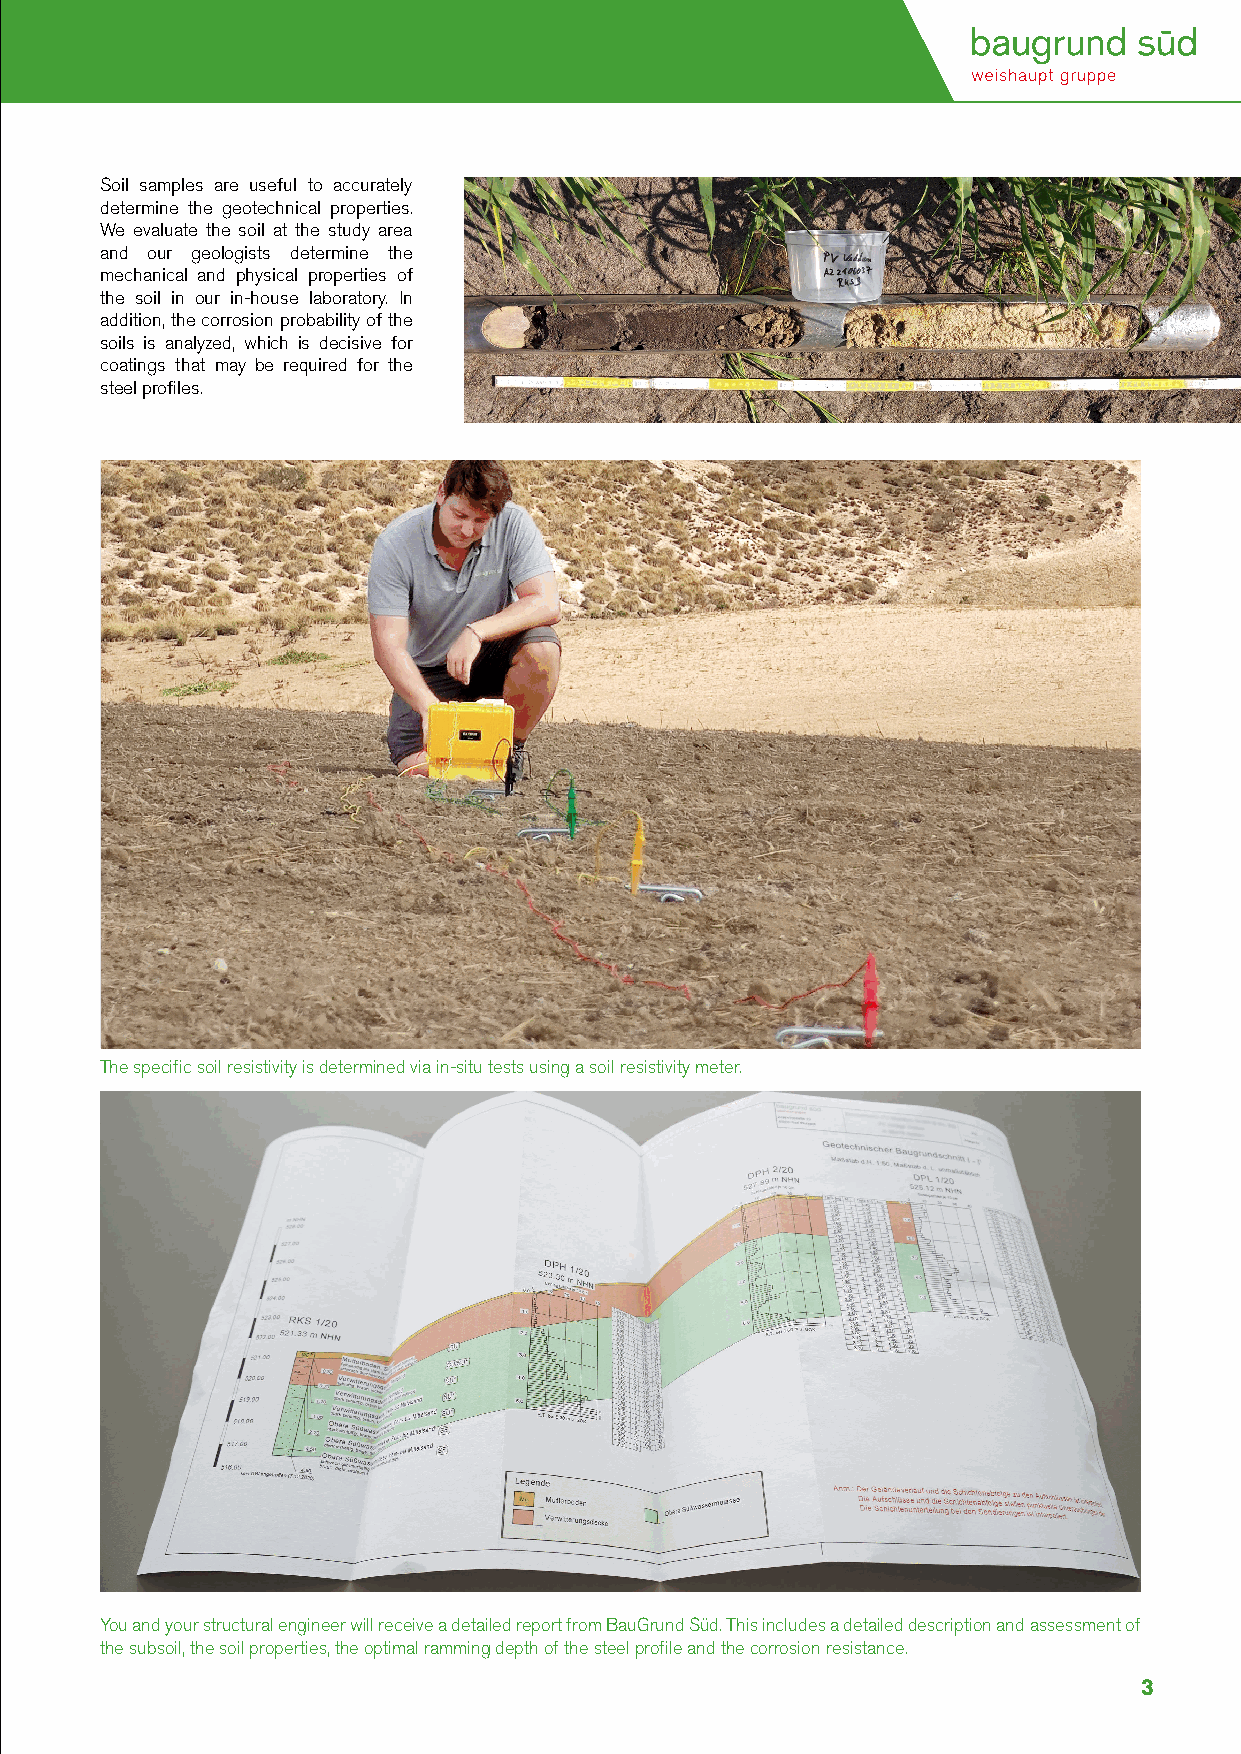
Soil samples are useful to accurately
 determine the geotechnical properties.
 We evaluate the soil at the study area
 and our geologists determine the
 mechanical and physical properties of
 the soil in our in-house laboratory. In
 addition, the corrosion probability of the
 soils is analyzed, which is decisive for
 coatings that may be required for the
 steel profiles.
 The specific soil resistivity is determined via in-situ tests using a soil resistivity meter.
 You and your structural engineer will receive a detailed report from BauGrund Süd. This includes a detailed description and assessment of
 the subsoil, the soil properties, the optimal ramming depth of the steel profile and the corrosion resistance.
 3